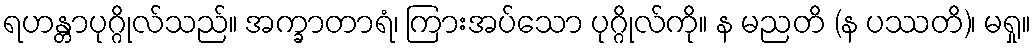
ရဟန္တာပုဂ္ဂိုလ်သည်။ အက္ခာတာရံ၊ ကြားအပ်သော ပုဂ္ဂိုလ်ကို။ န မညတိ (န ပဿတိ)၊ မရှု။